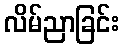
လိမ်ညာခြင်း